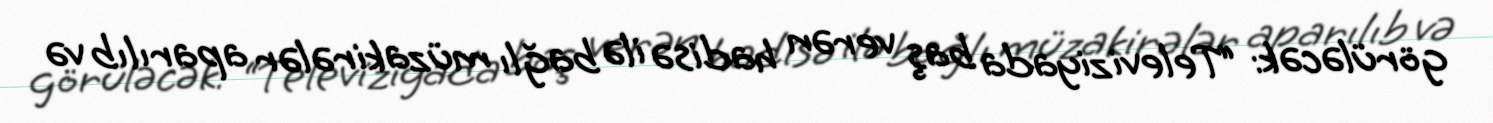
görüləcək: “Televiziyada baş verən hadisə ilə bağlı müzakirələr aparılıb və